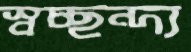
স্বচ্ছন্দ্য